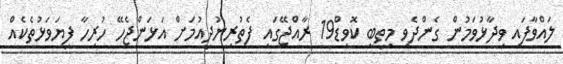
ލައްވާފައި ވިދާޅުވަމުން ގެންދެވި މިތިބީ ކޮވިޑް19 ރާއްޖޭގައި ފެތުރިނުދިއުމަށް އަޅަންޖެހޭ ހުރިހާ ފިޔަވަޅުތެކެއް